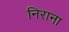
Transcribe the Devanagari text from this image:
निराना